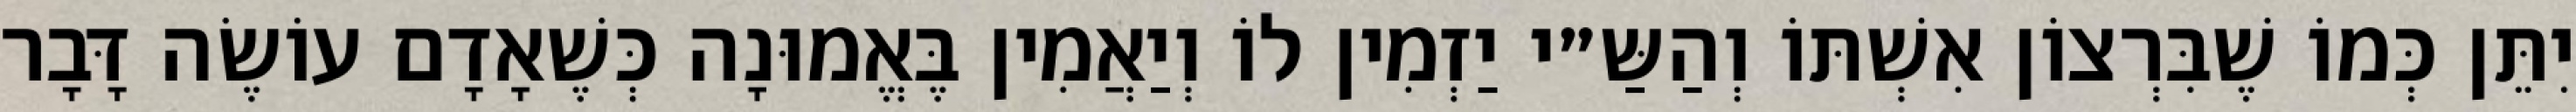
יִתֵּן כְּמוֹ שֶׁבִּרְצוֹן אִשְׁתּוֹ וְהַשַּ״י יַזְמִין לוֹ וְיַאֲמִין בֶּאֱמוּנָה כְּשֶׁאָדָם עוֹשֶׂה דָּבָר